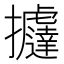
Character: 𢺂